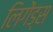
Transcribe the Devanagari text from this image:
लिगेंड्स